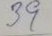
39